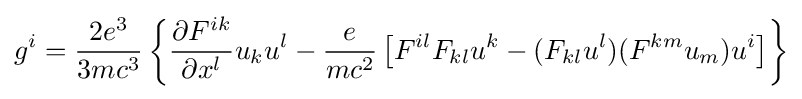
g^{i}={\frac {2e^{3}}{3mc^{3}}}\left\{{\frac {\partial F^{ik}}{\partial x^{l}}}u_{k}u^{l}-{\frac {e}{mc^{2}}}\left[F^{il}F_{kl}u^{k}-(F_{kl}u^{l})(F^{km}u_{m})u^{i}\right]\right\}